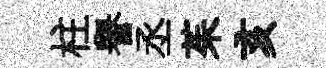
柱譽丞茱亥